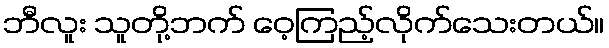
ဘီလူး သူတို့ဘက် ဝေ့ကြည့်လိုက်သေးတယ်။